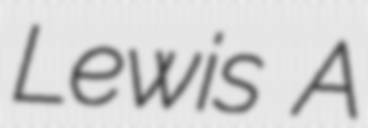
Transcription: Lewis A